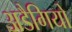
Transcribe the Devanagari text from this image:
अडैगियो